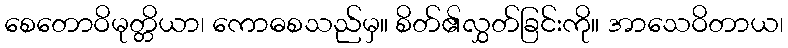
စေတောဝိမုတ္တိယာ၊ ကောဓစသည်မှ။ စိတ်၏လွှတ်ခြင်းကို။ အာသေဝိတာယ၊